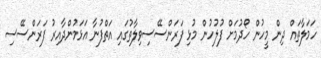
ހަމަލާތައް ދިން މީހުން ހޯދުމަށް ފުލުހުން މުޅި ފަރަންސޭސިވިލާތުގައި އަތްފުނާ އަޅަމުންދާއިރު ފަރަންސޭސި